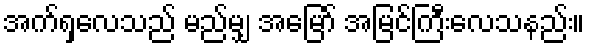
အက်ရှလေသည် မည်မျှ အမြော် အမြင်ကြီးလေသနည်း။